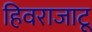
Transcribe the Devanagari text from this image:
हिवराजाटू